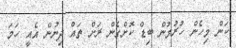
ކަން މިހެން ހުރުމުން ބިޑް ކޮށްގެން ރަށް ތައް ދިނުން އެއީ ހަމަ